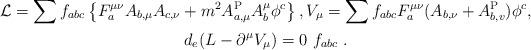
LaTeX: \begin{gather*}\mathcal{L} =\sum f_{abc}\left\{F_{a}^{\mu\nu}A_{b,\mu}A_{c,\nu}+m^{2}A_{a,\mu}^{\rm P}A_{b}^{\mu}\phi^{c}\right\}, V_{\mu}=\sum f_{abc} F_{a}^{\mu\nu}(A_{b,\nu}+A_{b,v}^{\rm P})\phi^{c},\\ d_{e}(L-\partial^{\mu}V_{\mu})=0 \ f_{abc} \ .\end{gather*}